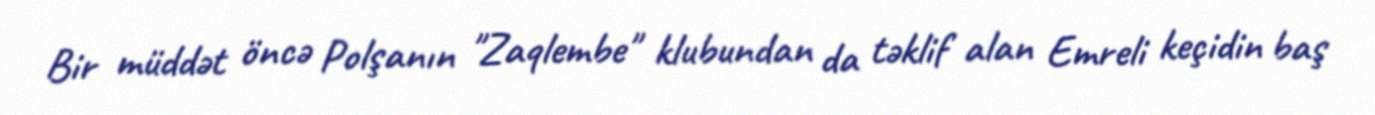
Bir müddət öncə Polşanın "Zaqlembe" klubundan da təklif alan Emreli keçidin baş